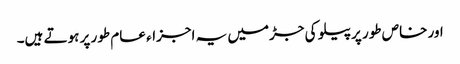
اور خاص طور پر پیلو کی جڑمیں یہ اجزاء عام طور پر ہوتے ہیں۔